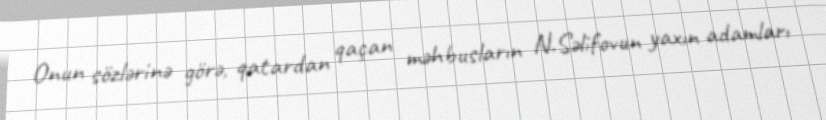
Onun sözlərinə görə, qatardan qaçan məhbusların N.Səlifovun yaxın adamları